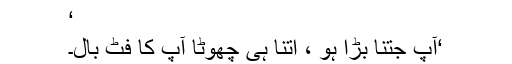
‘
‘آپ جتنا بڑا ہو ، اتنا ہی چھوٹا آپ کا فٹ بال۔